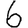
Digit: 6